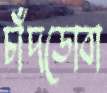
চাঁদডোবা